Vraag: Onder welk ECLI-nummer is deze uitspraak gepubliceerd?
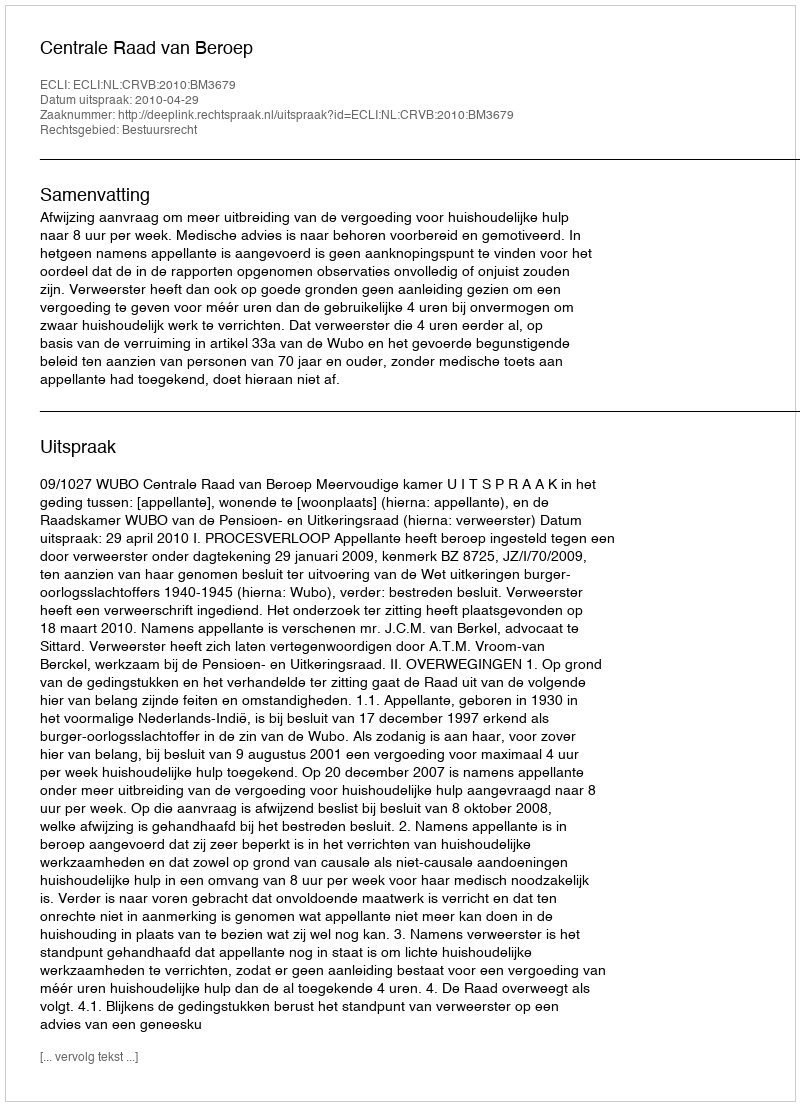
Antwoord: ECLI:NL:CRVB:2010:BM3679